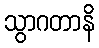
သွာဂတာနိ